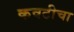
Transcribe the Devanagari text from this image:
कवटीचा